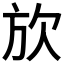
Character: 𪴩